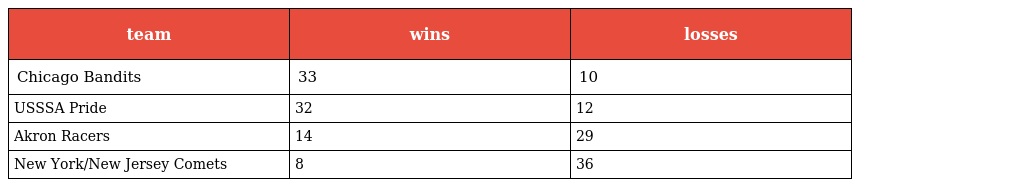
| team | wins | losses |
 | --- | --- | --- |
 | Chicago Bandits | 33 | 10 |
 | USSSA Pride | 32 | 12 |
 | Akron Racers | 14 | 29 |
 | New York/New Jersey Comets | 8 | 36 |